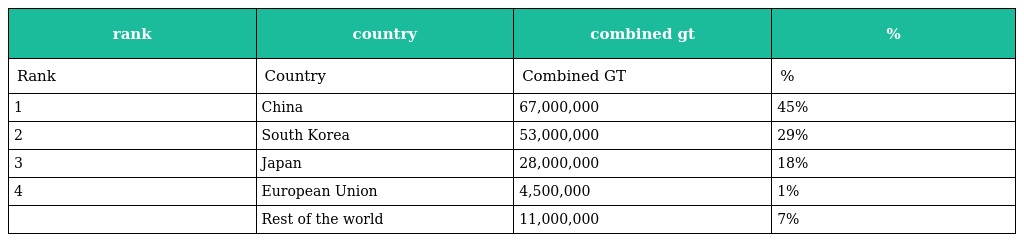
| rank | country | combined gt | % |
 | --- | --- | --- | --- |
 | Rank | Country | Combined GT | % |
 | 1 | China | 67,000,000 | 45% |
 | 2 | South Korea | 53,000,000 | 29% |
 | 3 | Japan | 28,000,000 | 18% |
 | 4 | European Union | 4,500,000 | 1% |
 |  | Rest of the world | 11,000,000 | 7% |